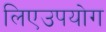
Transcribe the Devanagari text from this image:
लिएउपयोग